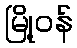
မြို့ဝန်